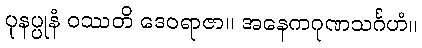
ပုနပ္ပုနံ ဝဿတိ ဒေဝရာဇာ။ အနေကဂုဏသင်္ဂဟံ။